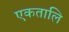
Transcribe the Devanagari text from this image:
एकतालि